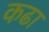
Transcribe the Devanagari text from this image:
कढा